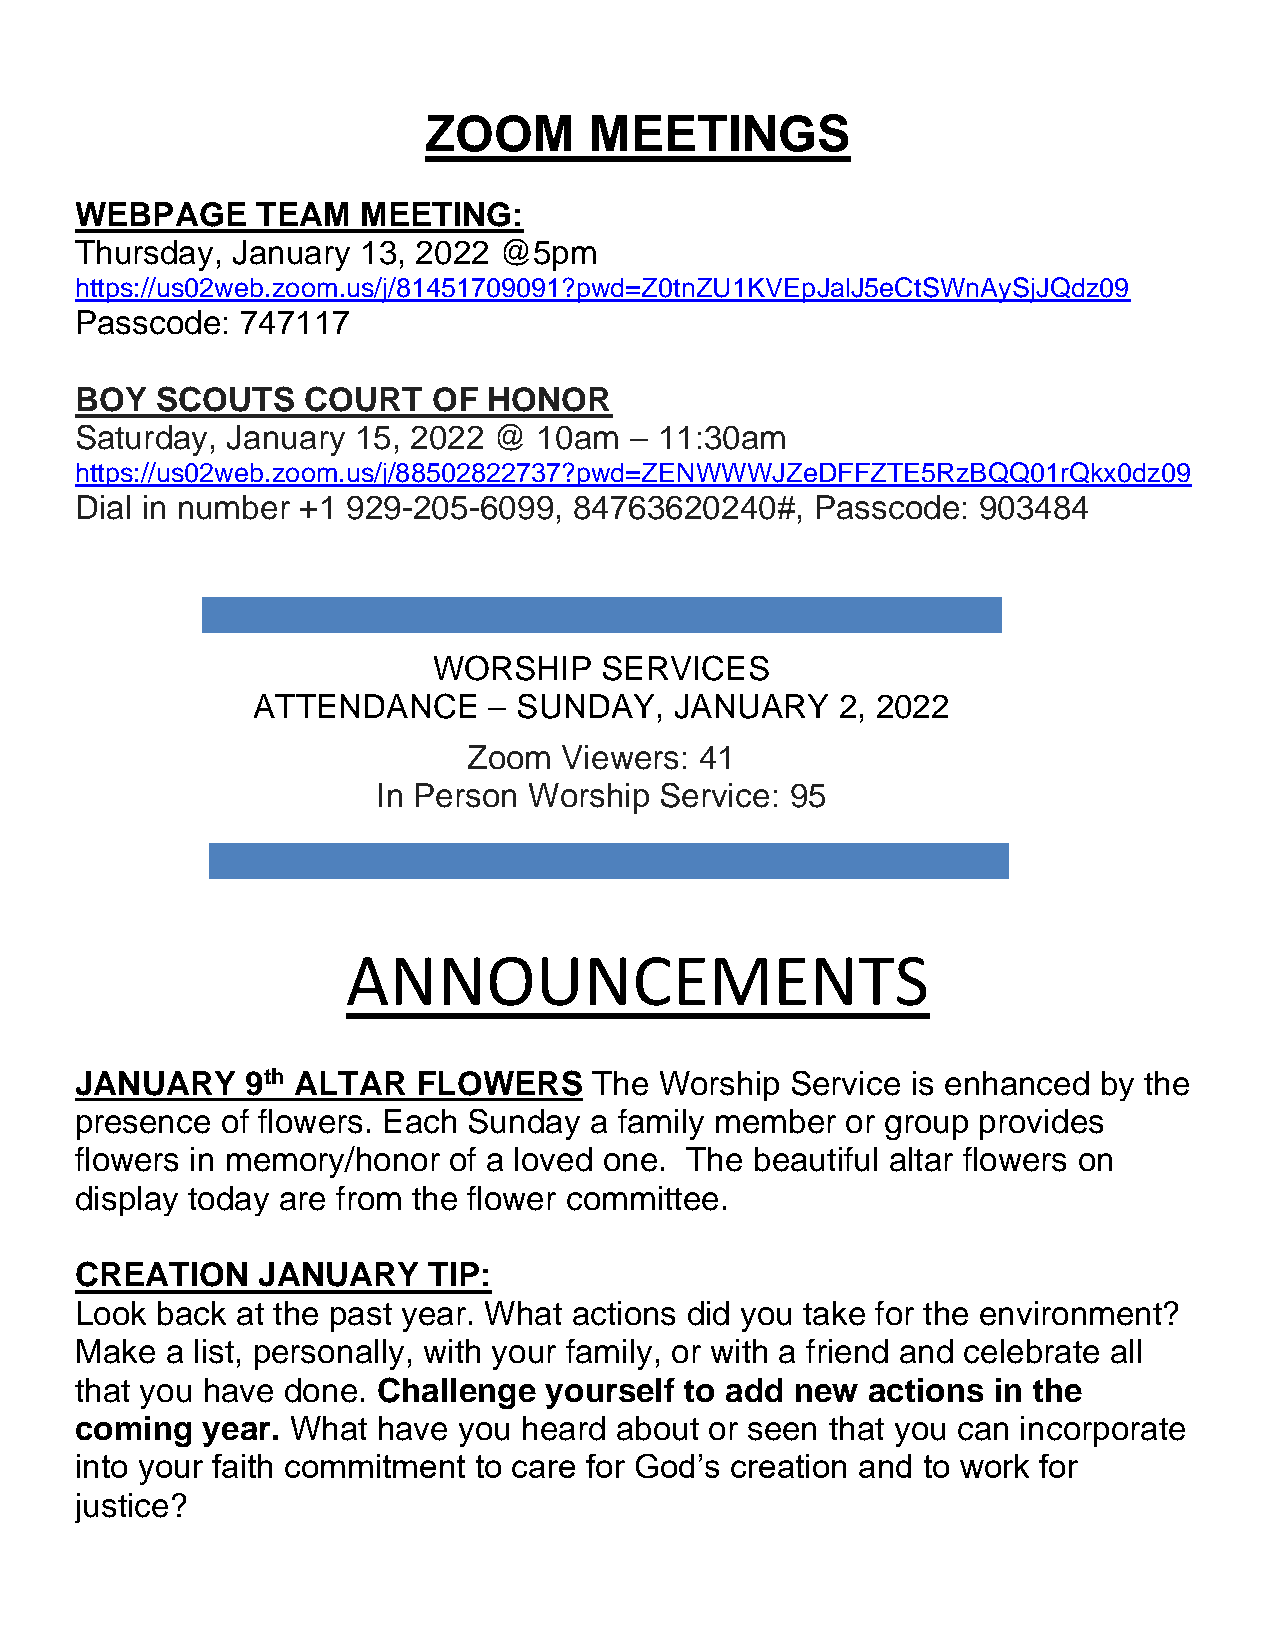
ZOOM       MEETINGS
 WEBPAGE     TEAM   MEETING:
 Thursday, January  13, 2022 @5pm
 https://us02web.zoom.us/j/81451709091?pwd=Z0tnZU1KVEpJalJ5eCtSWnAySjJQdz09
 Passcode:  747117
 BOY  SCOUTS    COURT    OF HONOR
 Saturday, January 15, 2022  @  10am  – 11:30am
 https://us02web.zoom.us/j/88502822737?pwd=ZENWWWJZeDFFZTE5RzBQQ01rQkx0dz09
 Dial in number +1 929-205-6099,  84763620240#,   Passcode:  903484
 WORSHIP    SERVICES
 ATTENDANCE     – SUNDAY,    JANUARY    2, 2022
 Zoom  Viewers: 41
 In Person Worship  Service: 95
 ANNOUNCEMENTS
 JANUARY    9th ALTAR   FLOWERS    The  Worship Service is enhanced  by the
 presence  of flowers. Each Sunday a family member  or group provides
 flowers in memory/honor  of a loved one. The beautiful altar flowers on
 display today are from the flower committee.
 CREATION    JANUARY    TIP:
 Look back  at the past year. What actions did you take for the environment?
 Make  a list, personally, with your family, or with a friend and celebrate all
 that you have done. Challenge  yourself to add  new actions  in the
 coming  year. What  have you  heard about or seen that you can incorporate
 into your faith commitment to care for God’s creation and to work for
 justice?